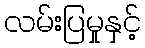
လမ်းပြမှုနှင့်